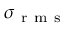
\sigma _ { \mathrm { ~ r ~ m ~ s ~ } }